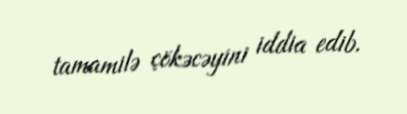
tamamilə çökəcəyini iddia edib.